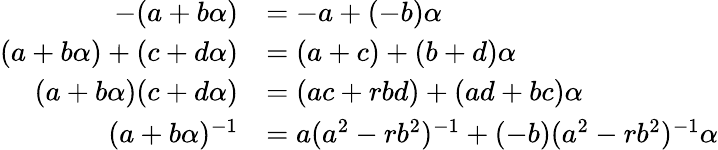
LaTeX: {\begin{array}{rl}{-(a+b\alpha)}&{=-a+(-b)\alpha}\\ {(a+b\alpha)+(c+d\alpha)}&{=(a+c)+(b+d)\alpha}\\ {(a+b\alpha)(c+d\alpha)}&{=(ac+rbd)+(ad+bc)\alpha}\\ {(a+b\alpha)^{-1}}&{=a(a^{2}-rb^{2})^{-1}+(-b)(a^{2}-rb^{2})^{-1}\alpha}\end{array}}